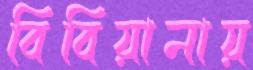
বিবিয়ানায়